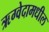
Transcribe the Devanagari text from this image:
ऋग्वेदामधील